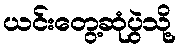
ယင်းတွေ့ဆုံပွဲသို့